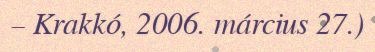
– Krakkó, 2006. március 27.)